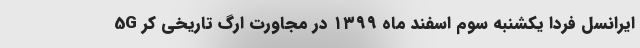
5G ایرانسل فردا یکشنبه سوم اسفند ماه ۱۳۹۹ در مجاورت ارگ تاریخی کر